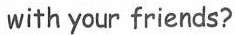
with your friends?